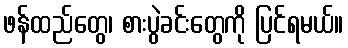
ဖန်ထည်တွေ၊ စားပွဲခင်းတွေကို ပြင်ရမယ်။